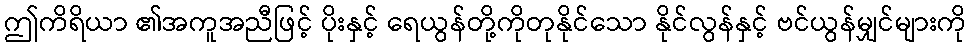
ဤကိရိယာ ၏အကူအညီဖြင့် ပိုးနှင့် ရေယွန်တို့ကိုတုနိုင်သော နိုင်လွန်နှင့် ဗင်ယွန်မျှင်များကို